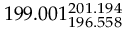
1 9 9 . 0 0 1 _ { 1 9 6 . 5 5 8 } ^ { 2 0 1 . 1 9 4 }